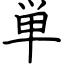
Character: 単